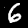
Digit: 6